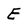
Character: E